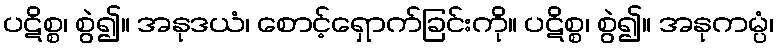
ပဋိစ္စ၊ စွဲ၍။ အနုဒယံ၊ စောင့်ရှောက်ခြင်းကို။ ပဋိစ္စ၊ စွဲ၍။ အနုကမ္ပံ၊